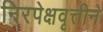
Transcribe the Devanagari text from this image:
निरपेक्षवृत्तीने